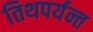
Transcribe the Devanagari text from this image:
तिथपर्यन्त